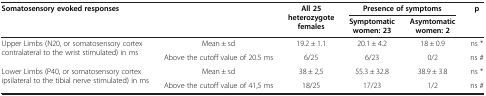
<table><thead><tr><td rowspan="2" colspan="2"><b>Somatosensory evoked responses</b></td><td rowspan="2"><b>All 25 heterozygote females</b></td><td colspan="2"><b>Presence of symptoms</b></td><td rowspan="2"><b>p</b></td></tr><tr><td><b>Symptomatic women: 23</b></td><td><b>Asymtomatic women: 2</b></td></tr></thead><tbody><tr><td rowspan="2">Upper Limbs (N20, or somatosensory cortex contralateral to the wrist stimulated) in ms</td><td>Mean ± sd</td><td>19.2 ± 1.1</td><td>20.1 ± 4.2</td><td>18 ± 0.9</td><td>ns *</td></tr><tr><td>Above the cutoff value of 20.5 ms</td><td>6/25</td><td>6/23</td><td>0/2</td><td>ns #</td></tr><tr><td rowspan="2">Lower Limbs (P40, or somatosensory cortex ipsilateral to the tibial nerve stimulated) in ms</td><td>Mean ± sd</td><td>38 ± 2,5</td><td>55.3 ± 32.8</td><td>38.9 ± 3.8</td><td>ns *</td></tr><tr><td>Above the cutoff value of 41,5 ms</td><td>18/25</td><td>17/23</td><td>1/2</td><td>ns #</td></tr></tbody></table>